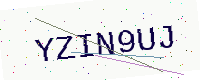
Text: YZIN9UJ